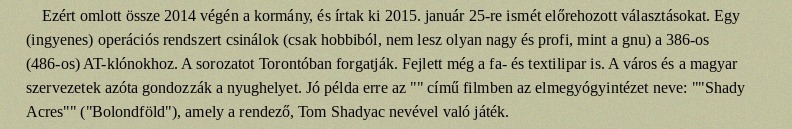
Ezért omlott össze 2014 végén a kormány, és írtak ki 2015. január 25-re ismét előrehozott választásokat. Egy (ingyenes) operációs rendszert csinálok (csak hobbiból, nem lesz olyan nagy és profi, mint a gnu) a 386-os (486-os) AT-klónokhoz. A sorozatot Torontóban forgatják. Fejlett még a fa- és textilipar is. A város és a magyar szervezetek azóta gondozzák a nyughelyet. Jó példa erre az "" című filmben az elmegyógyintézet neve: ""Shady Acres"" ("Bolondföld"), amely a rendező, Tom Shadyac nevével való játék.